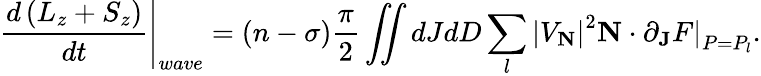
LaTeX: \left.\frac{d\left(L_{z}+S_{z}\right)}{dt}\right|_{wave}=\left(n-\sigma\right)\frac{\pi}{2}\iint dJdD\sum_{l}\left|V_{\mathbf{N}}\right|^{2}\mathbf{N}\cdot\partial_{\mathbf{J}}\left.F\right|_{P=P_{l}}.